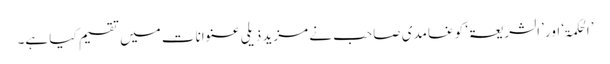
’الحکمۃ‘ اور ’الشریعۃ‘ کو غامدی صاحب نے مزید ذیلی عنوانات میں تقسیم کیا ہے۔